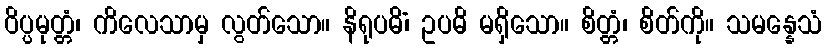
ဝိပ္ပမုတ္တံ၊ ကိလေသာမှ လွတ်သော။ နိရုပဓိံ၊ ဥပဓိ မရှိသော။ စိတ္တံ၊ စိတ်ကို။ သမန္နေသံ